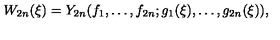
W _ { 2 n } ( \xi ) = Y _ { 2 n } ( f _ { 1 } , \ldots , f _ { 2 n } ; g _ { 1 } ( \xi ) , \ldots , g _ { 2 n } ( \xi ) ) ,